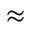
\approx